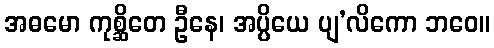
အဓမော ကုစ္ဆိတေ ဦနေ၊ အပ္ပိယေ ပျ’လိကော ဘဝေ။